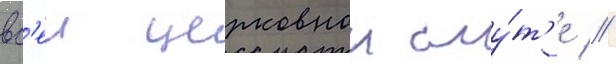
вс'еи церковнои сму́т'е //